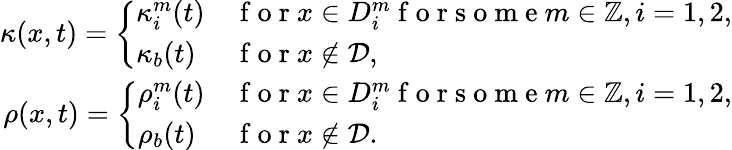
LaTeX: \begin{array}{r}{\kappa(x,t)=\left\{ \begin{array}{ll}{\kappa_{i}^{m}(t)}&{\mathrm{~f~o~r~}x\in D_{i}^{m}\mathrm{~f~o~r~s~o~m~e~}m\in\mathbb{Z},i=1,2,}\\ {\kappa_{b}(t)}&{\mathrm{~f~o~r~}x\not\in\mathcal{D},}\end{array}\right.}\\ {\rho(x,t)=\left\{ \begin{array}{ll}{\rho_{i}^{m}(t)}&{\mathrm{~f~o~r~}x\in D_{i}^{m}\mathrm{~f~o~r~s~o~m~e~}m\in\mathbb{Z},i=1,2,}\\ {\rho_{b}(t)}&{\mathrm{~f~o~r~}x\not\in\mathcal{D}.}\end{array}\right.}\end{array}